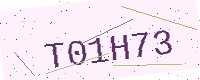
Text: T01H73